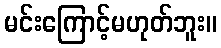
မင်းကြောင့်မဟုတ်ဘူး။